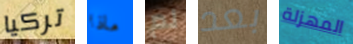
تركيا ماذا لم بعد المهزلة